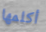
أكلمها